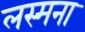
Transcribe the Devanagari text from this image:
लस्मना